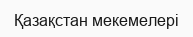
Қазақстан мекемелері